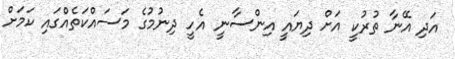
އަދި އޭނާ ތުރުކީ އަށް ދިޔައީ އިންސާނީ އެހީ ދިނުމުގެ މަސައްކަތެއްގައި ކަމަށް